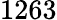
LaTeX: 1263